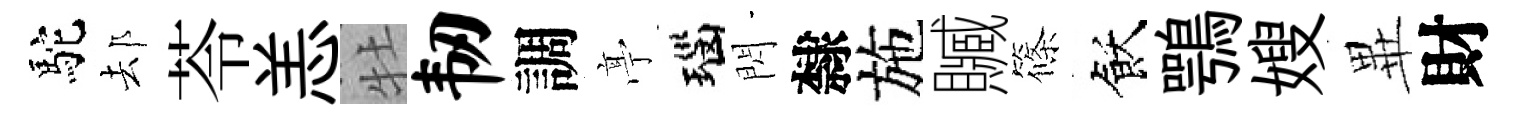
駝𨚫苓恙牡韧調𠅘瑙閃隸施贓篠飫鶚嫂𭺾財